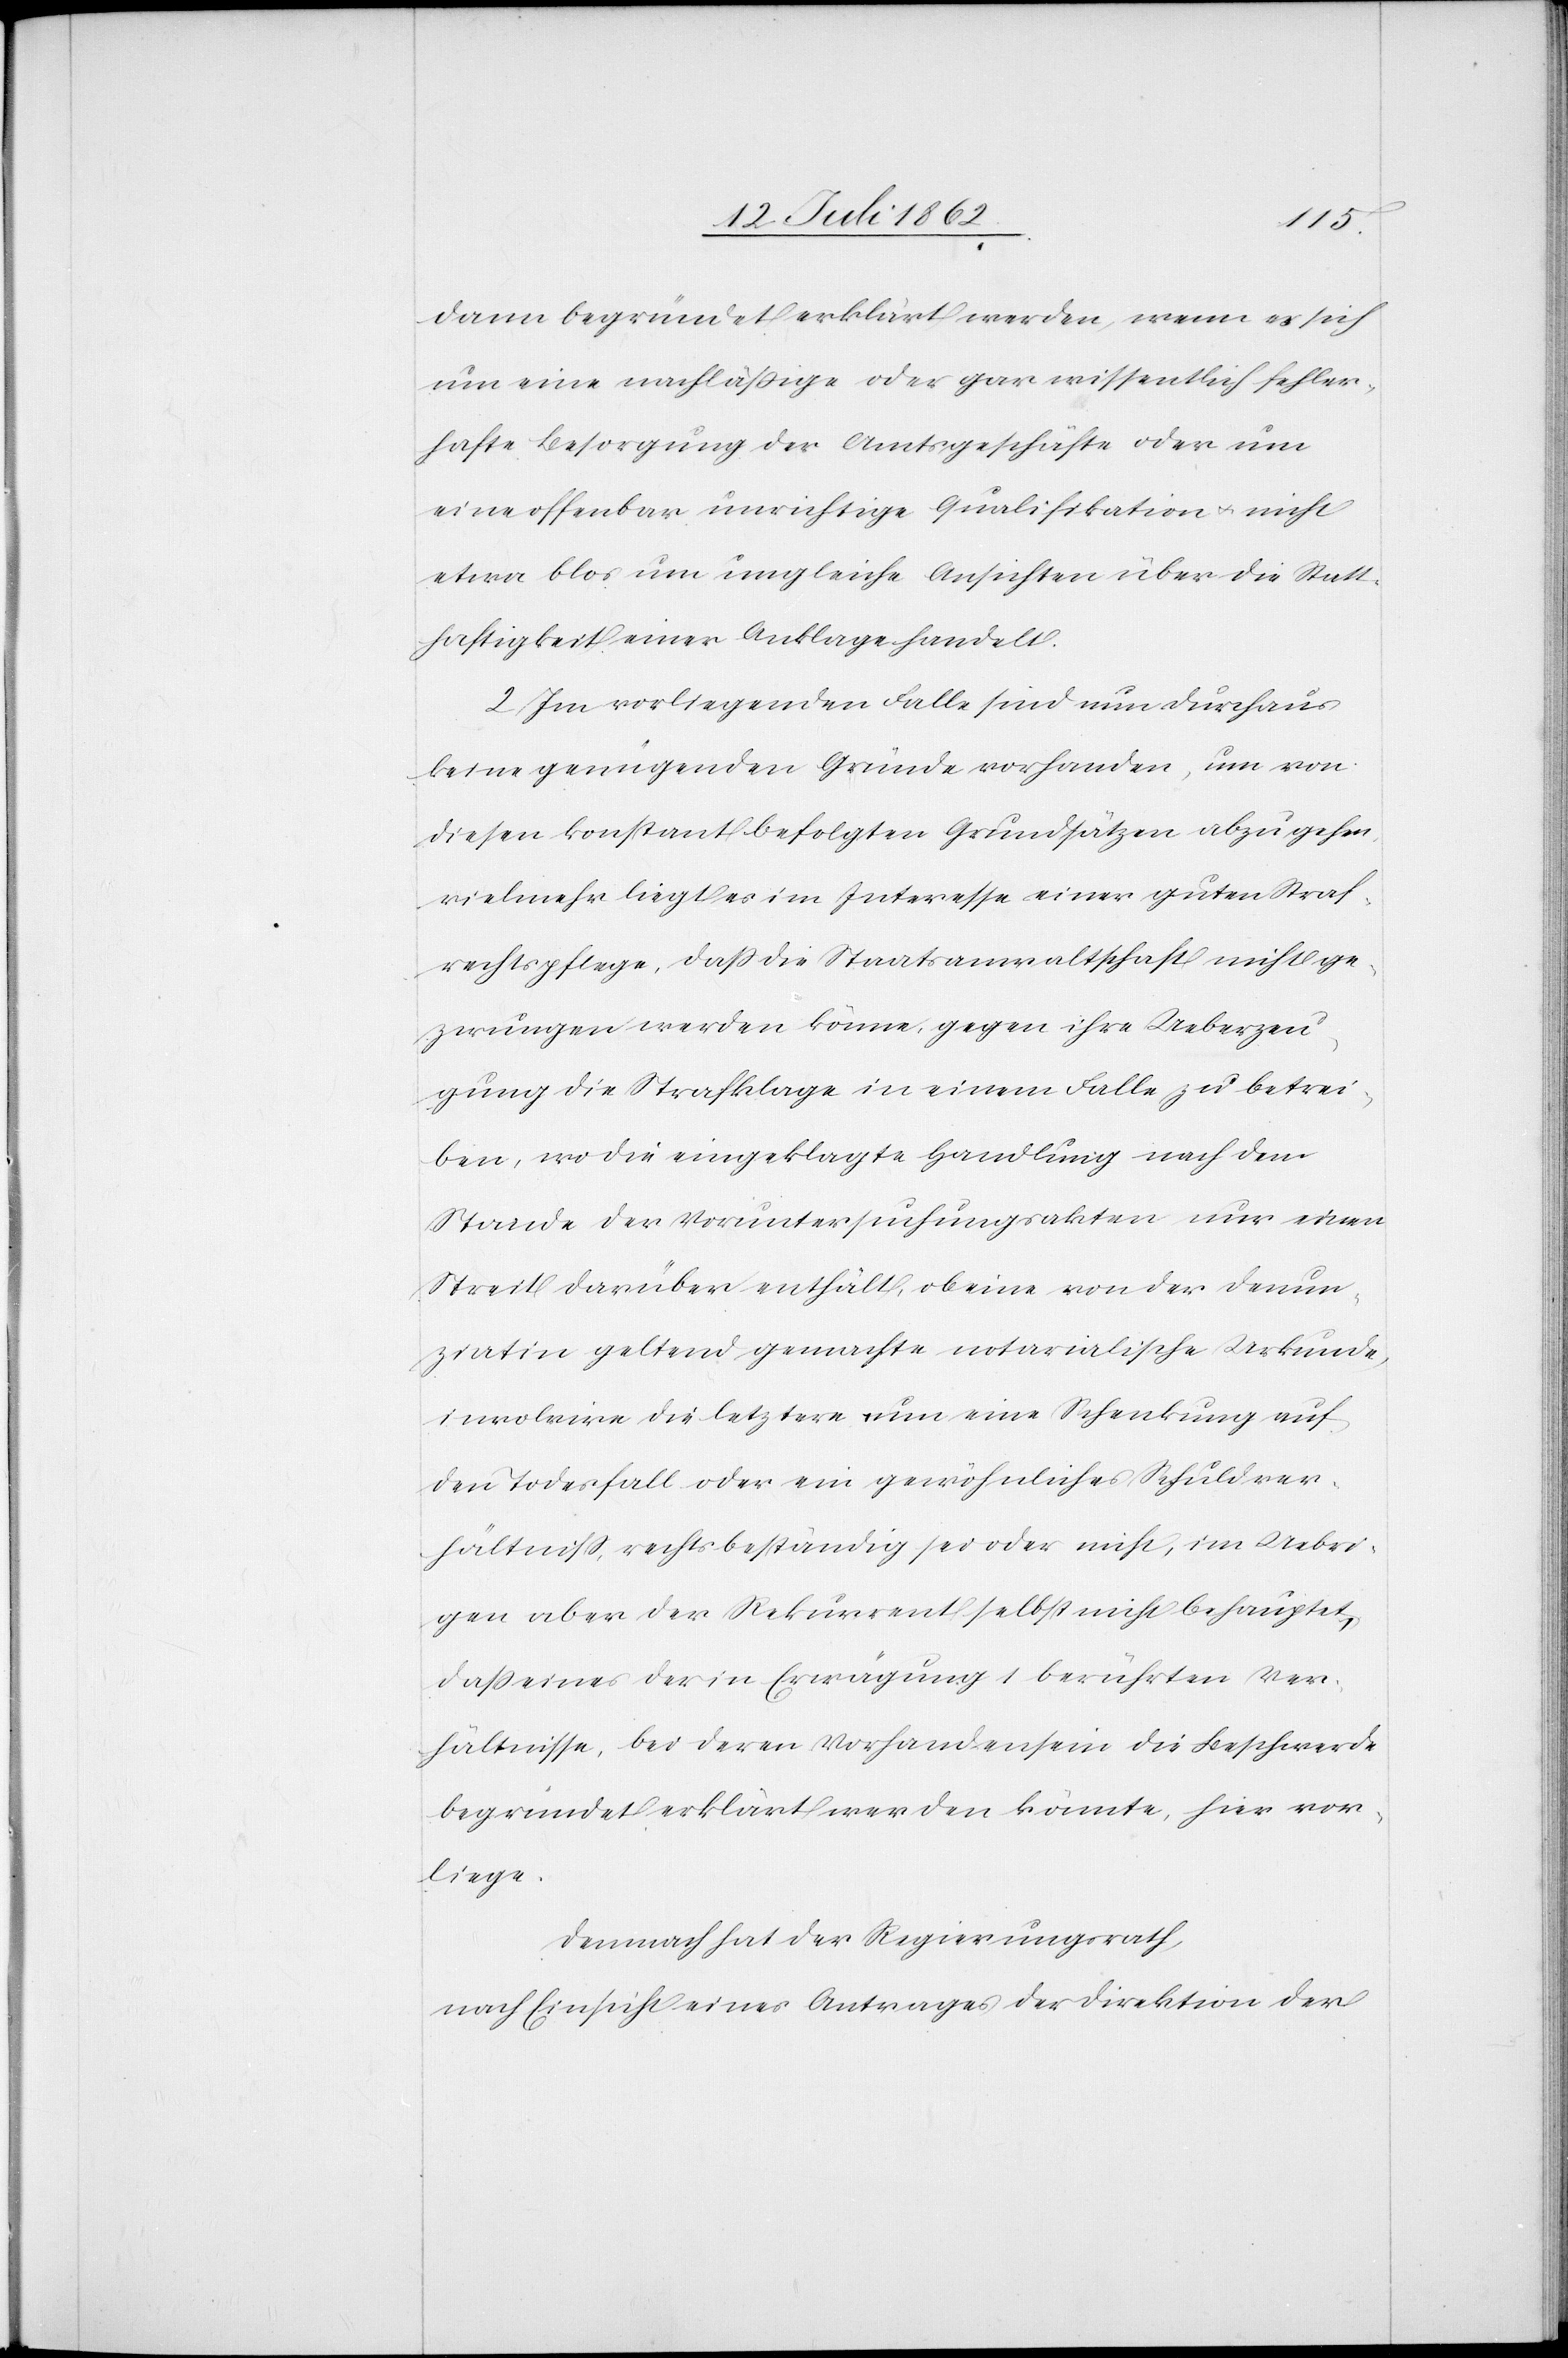
dann begründet erklärt werden, wenn es sich
um eine nachläßige oder gar wissentlich fehler¬
hafte Besorgung der Amtsgeschäfte oder um
eine offenbar unrichtige Qualifikation u. nicht
etwa blos um ungleiche Ansichten über die Statt¬
haftigkeit einer Anklage handelt.
2. Im vorliegenden Falle sind nun durchaus
keine genügenden Gründe vorhanden, um von
diesen konstant befolgten Grundsätzen abzugehen,
vielmehr liegt es im Interesse einer guten Straf¬
rechtspflege, daß die Staatsanwaltschaft nicht ge¬
zwungen werden könne, gegen ihre Ueberzeu¬
gung die Strafklage in einem Falle zu betrei¬
ben, wo die eingeklagte Handlung nach dem
Stande der Voruntersuchungsakten nur einen
Streit darüber enthält, ob eine von der Denun¬
ziatin geltend gemachte notarialische Urkunde,
involvire die letztere nun eine Schenkung auf
den Todesfall oder ein gewöhnliches Schuldver¬
hältniß, rechtsbeständig sei oder nicht, im Uebri¬
gen aber der Rekurrent selbst nicht behauptet,
daß eines der in Erwägung 1 berührten Ver¬
hältnisse, bei deren Vorhandensein die Beschwerde
begründet erklärt werden könnte, hier vor¬
liege.
Demnach hat der Regierungsrath,
nach Einsicht eines Antrages der Direktion der